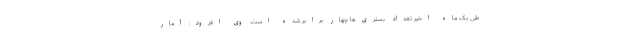
طی یک ماه اخیر تعداد بستری‌ها چهار برابر شده است. وی افزود: آمار